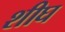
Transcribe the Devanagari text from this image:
शीघ